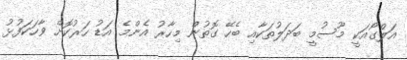
އަލްގޯއަކީ މޫސުމީ ބަދަލުތަކާއި ބެހޭ ގޮތުން މިހާރު އެންމެ އަޑު ހަރުކޮށް ވާހަކަފުޅު